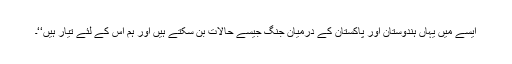
ایسے میں یہاں ہندوستان اور پاکستان کے درمیان جنگ جیسے حالات بن سکتے ہیں اور ہم اس کے لئے تیار ہیں‘‘۔